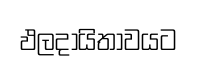
ඵලදායිතාවයට